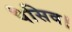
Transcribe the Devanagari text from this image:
पैसिव।